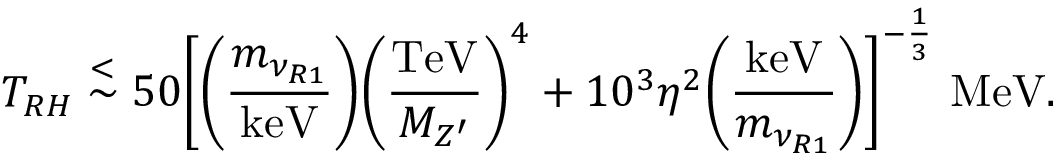
T _ { R H } \stackrel { < } { \sim } 5 0 \bigg [ \bigg ( { \frac { m _ { \nu _ { R 1 } } } { \mathrm { k e V } } } \bigg ) \bigg ( { \frac { \mathrm { T e V } } { M _ { Z ^ { \prime } } } } \bigg ) ^ { 4 } + 1 0 ^ { 3 } \eta ^ { 2 } \bigg ( { \frac { \mathrm { k e V } } { m _ { \nu _ { R 1 } } } } \bigg ) \bigg ] ^ { - { \frac { 1 } { 3 } } } \ { \mathrm { M e V } } .